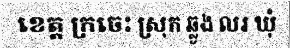
ខេត្ត ក្រចេះ ស្រុក ឆ្លូង លរ ឃុំ